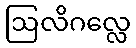
ဩလိဂလ္လေ